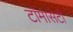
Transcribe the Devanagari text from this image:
टाॅमासेटी